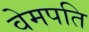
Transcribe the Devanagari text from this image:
वेमपति